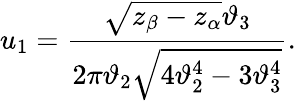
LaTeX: u_{1}={\frac{\sqrt{z_{\beta}-z_{\alpha}}\vartheta_{3}}{2\pi\vartheta_{2}\sqrt{4\vartheta_{2}^{4}-3\vartheta_{3}^{4}}}}.